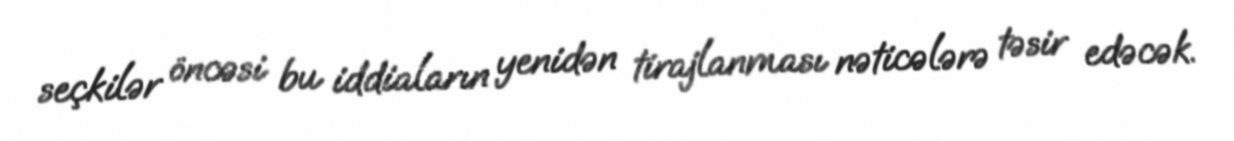
seçkilər öncəsi bu iddiaların yenidən tirajlanması nəticələrə təsir edəcək.